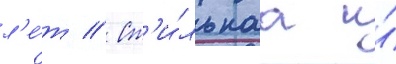
л'е́т // Ст'и́льнаа и́